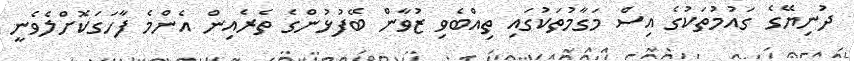
ދުނިޔޭގެ ގައުމުތަކުގެ އިސް މަގާމުތަކުގައި ތިއްބެވި ޒުވާން ބޭފުޅުންގެ ތެރެއިން އެންމެ ފާހަގަކޮށްލެވެނީ